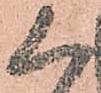
く